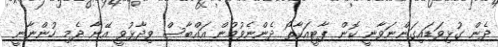
ދެން ގުޅިވަޑައިގަންނަވާނީ ކޮން ޕާޓީއަކާތޯ ދެންނެވުމުން އައްބާސް ވިދާޅުވީ އޭނާ ދެމި ހުންނާނީ